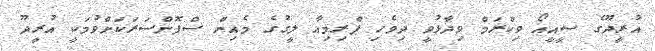
އުރީދޫގެ ސީއީއޯ ވިކްރަމް ވިދާޅުވީ ދިވެހި ޕްރިމިއާ ލީގުގެ މެއިން ސްޕޮންސަރަކަށްވުމަކީ އުރީދޫ